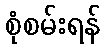
စုံစမ်းရန်